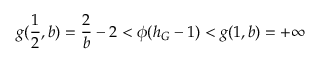
g ( \frac { 1 } { 2 } , b ) = \frac { 2 } { b } - 2 < \phi ( h _ { G } - 1 ) < g ( 1 , b ) = + \infty